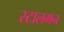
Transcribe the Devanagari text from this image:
स्टालमन